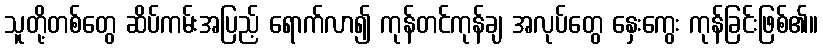
သူတို့တစ်တွေ ဆိပ်ကမ်းအပြည့် ရောက်လာ၍ ကုန်တင်ကုန်ချ အလုပ်တွေ နှေးကွေး ကုန်ခြင်းဖြစ်၏။